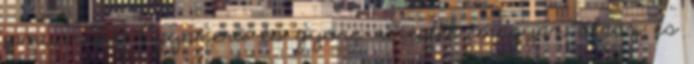
január 2013 Egyszerű és gyors receptek magyar, olasz és